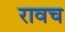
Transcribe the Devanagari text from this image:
रावच